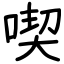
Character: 喫